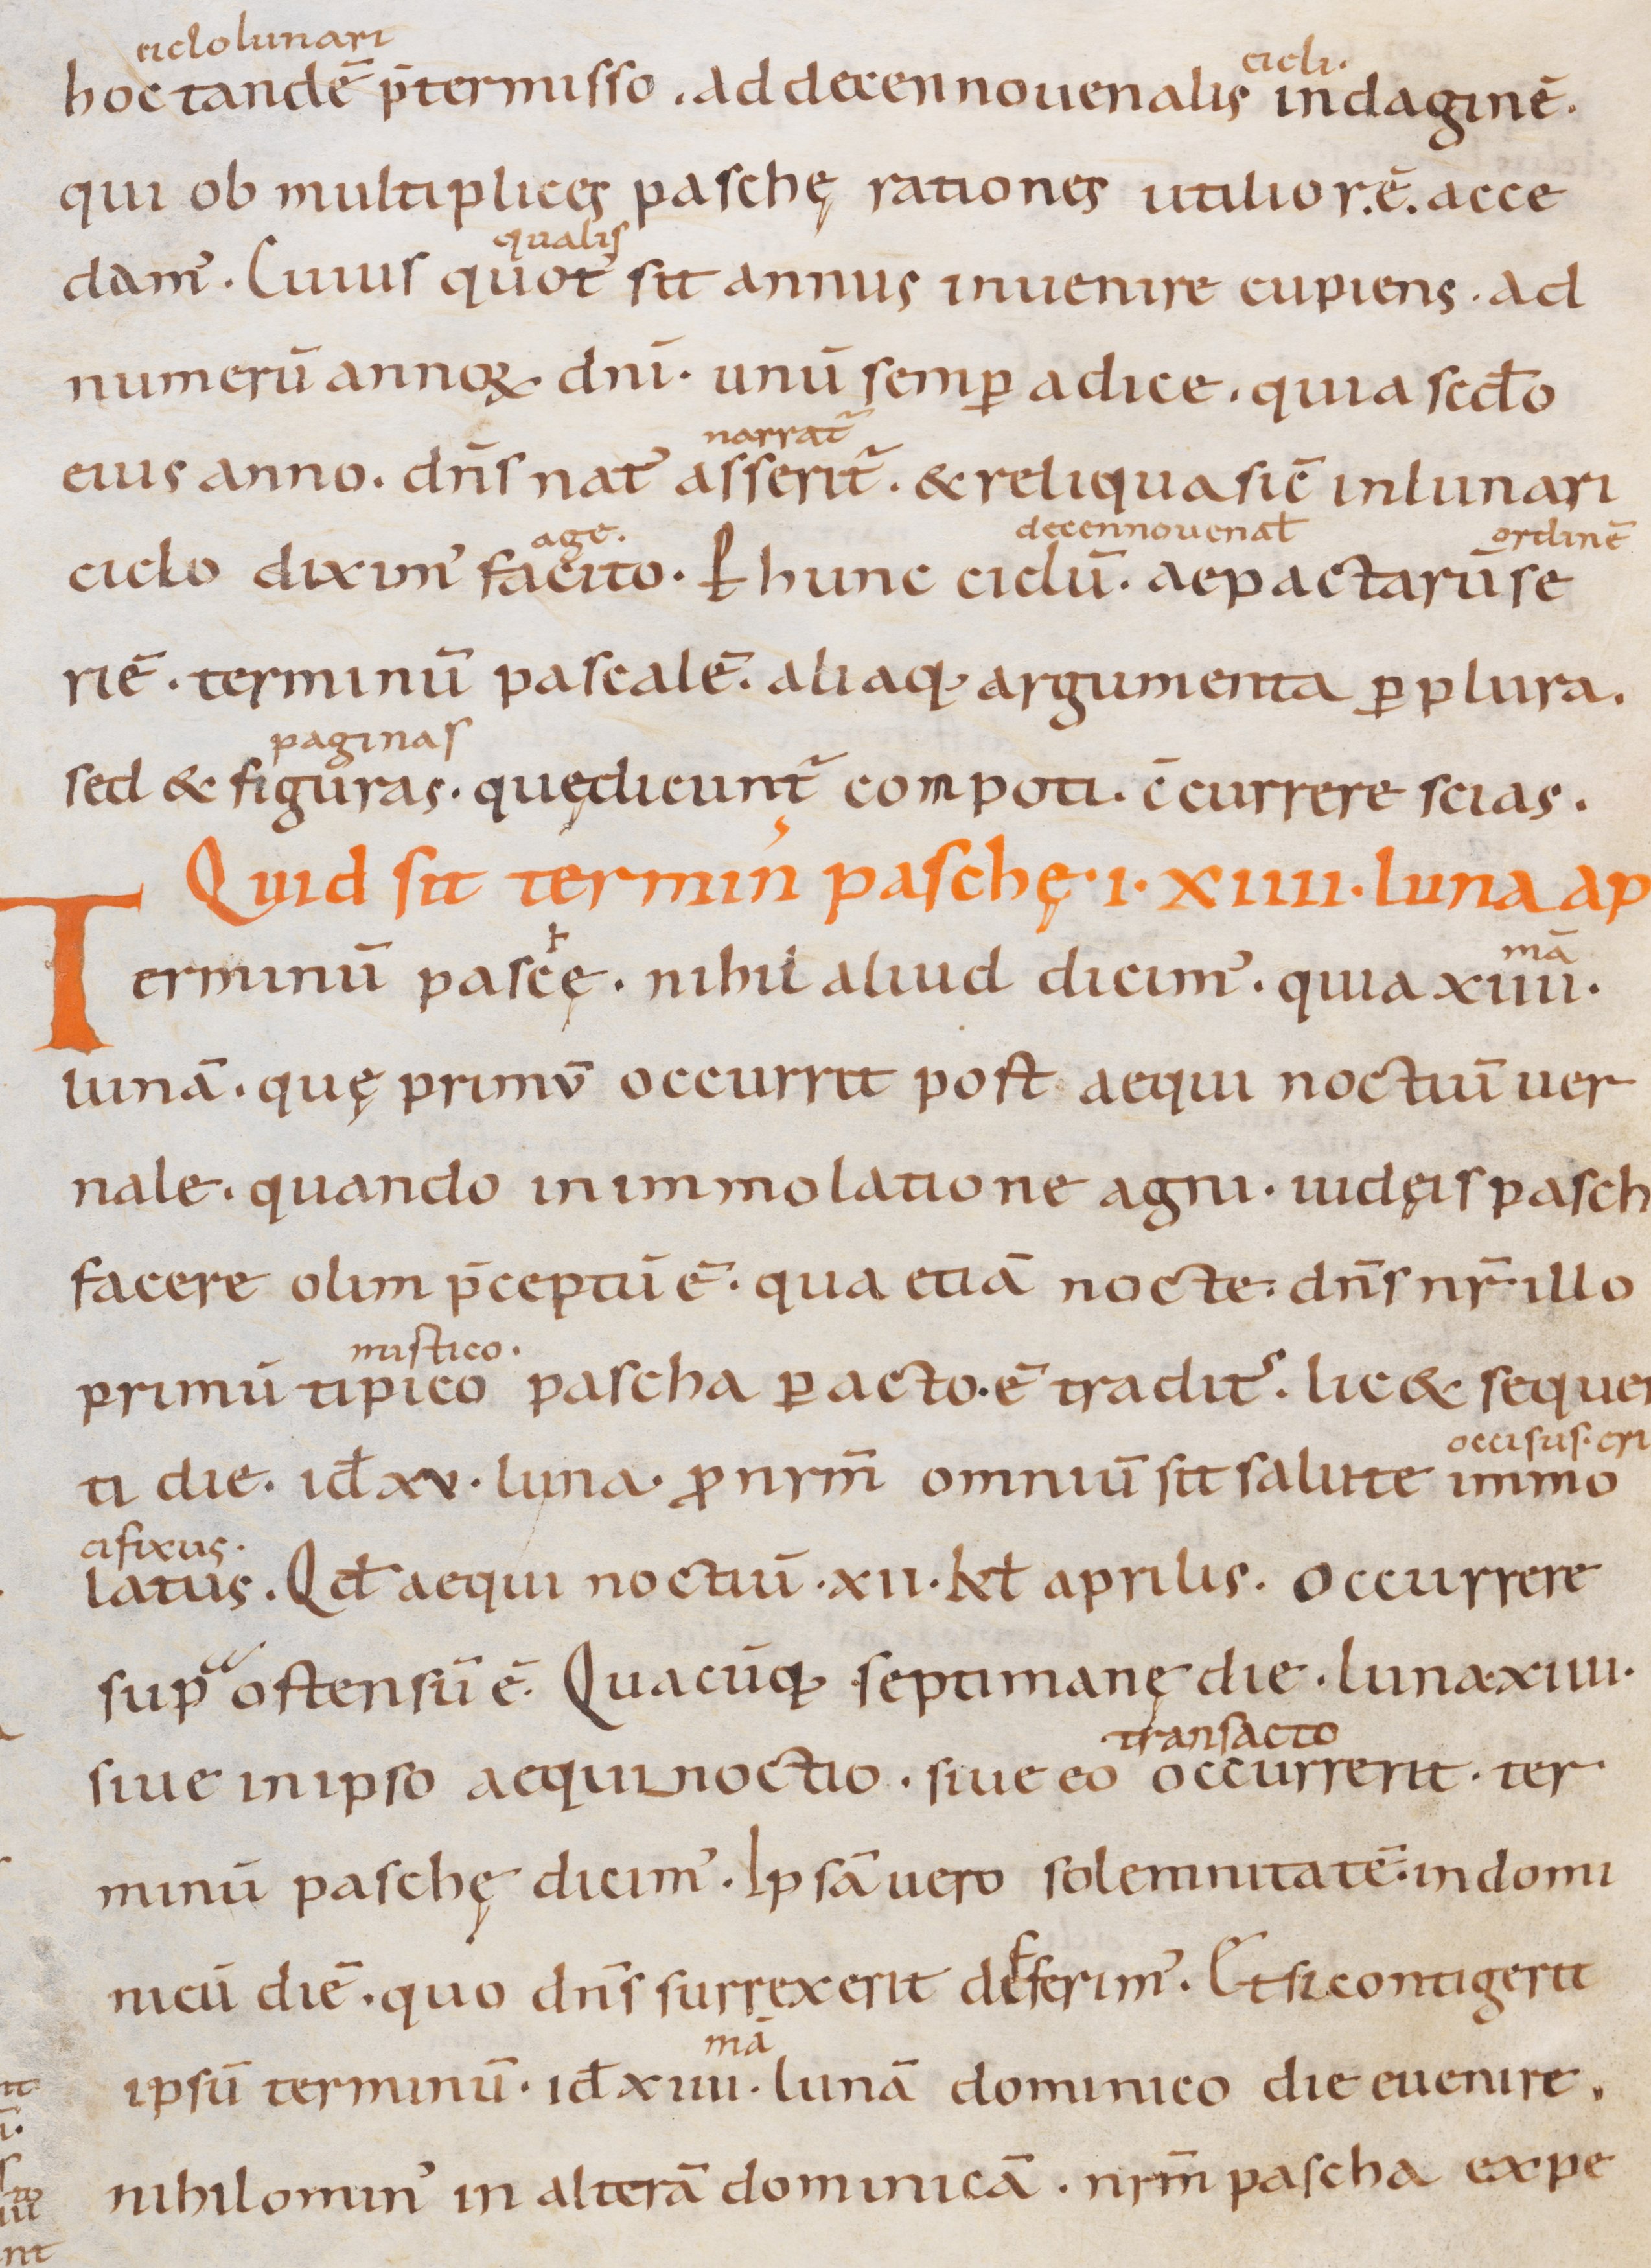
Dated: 800–1399